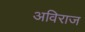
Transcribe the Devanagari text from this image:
अविराज